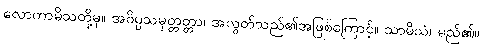
လောကာမိသတို့မှ။ အဝိပ္ပသမုတ္တတ္တာ၊ အလွတ်သည်၏အဖြစ်ကြောင့်။ သာမိသံ၊ မည်၏။